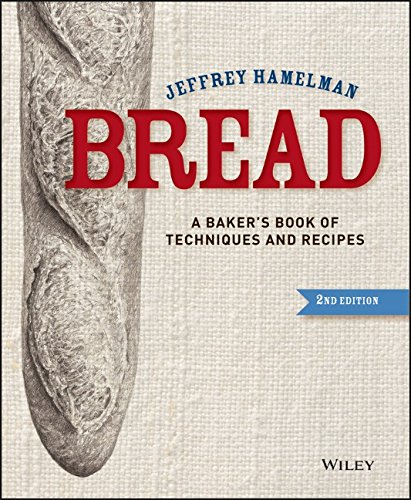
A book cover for Bread: A Baker's Book of Techniques and Recipes; Jeffrey Hamelman; Cookbooks, Food & Wine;